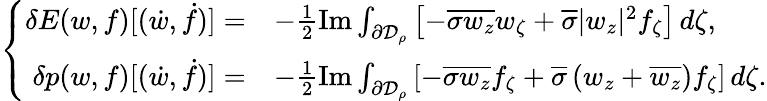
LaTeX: \begin{array}{r}{\left\{ \begin{array}{rl}{\delta E(w,f)[(\dot{w},\dot{f})]=}&{-\frac 12\operatorname{Im}\int_{\partial\mathcal{D}_{\rho}}\left[-\overline{\sigma}\overline{{w_{z}}}w_{\zeta}+\overline{\sigma}|w_{z}|^{2}f_{\zeta}\right]\, d\zeta,}\\ {\delta p(w,f)[(\dot{w},\dot{f})]=}&{-\frac 12\operatorname{Im}\int_{\partial\mathcal{D}_{\rho}}\left[-\overline{\sigma}\overline{{w_{z}}}f_{\zeta}+\overline{\sigma}\left(w_{z}+\overline{{w_{z}}}\right)f_{\zeta}\right]\, d\zeta.}\end{array}\right.}\end{array}